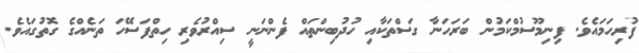
ފުރިހަމައެވެ. ފިނިމޫސުމްކަމުން ބަރަހަނާ ގަސްތަކާއި ހުދުބިންތައް ފެންނަނީ ސިއްރުވެރި ހިތްފަސޭހަ ތަނެއްގެ ގޮތުގައެވެ.